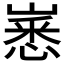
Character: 𱜈